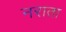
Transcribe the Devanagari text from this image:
नराता